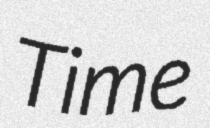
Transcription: Time